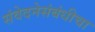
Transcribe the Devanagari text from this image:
संवेदनेसंबंधीचा